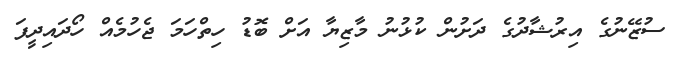
ސުޒޭނުގެ އިރުޝާދުގެ ދަށުން ކުޅުނު މާޒިޔާ އަށް ބޮޑު ހިތްހަމަ ޖެހުމެއް ހޯދައިދީފަ